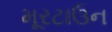
મૂરટાઉન